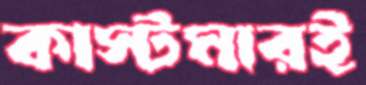
কাস্টমারই